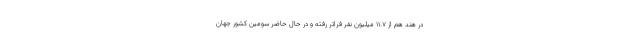
در هند هم از ۱۱.۷ میلیون نفر فراتر رفته و در حال حاضر سومین کشور جهان